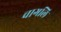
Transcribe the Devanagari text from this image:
चागलि